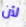
لأن